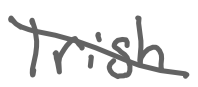
Text: Irish
Cross-out: diagonal
Writing tool: digital_gray